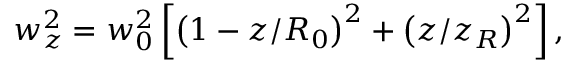
w _ { z } ^ { 2 } = w _ { 0 } ^ { 2 } \left[ \left( 1 - z / R _ { 0 } \right) ^ { 2 } + \left( z / z _ { R } \right) ^ { 2 } \right] ,